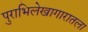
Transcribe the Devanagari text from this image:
पुराभिलेखागारातला